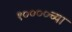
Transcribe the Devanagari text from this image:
१००००च्या